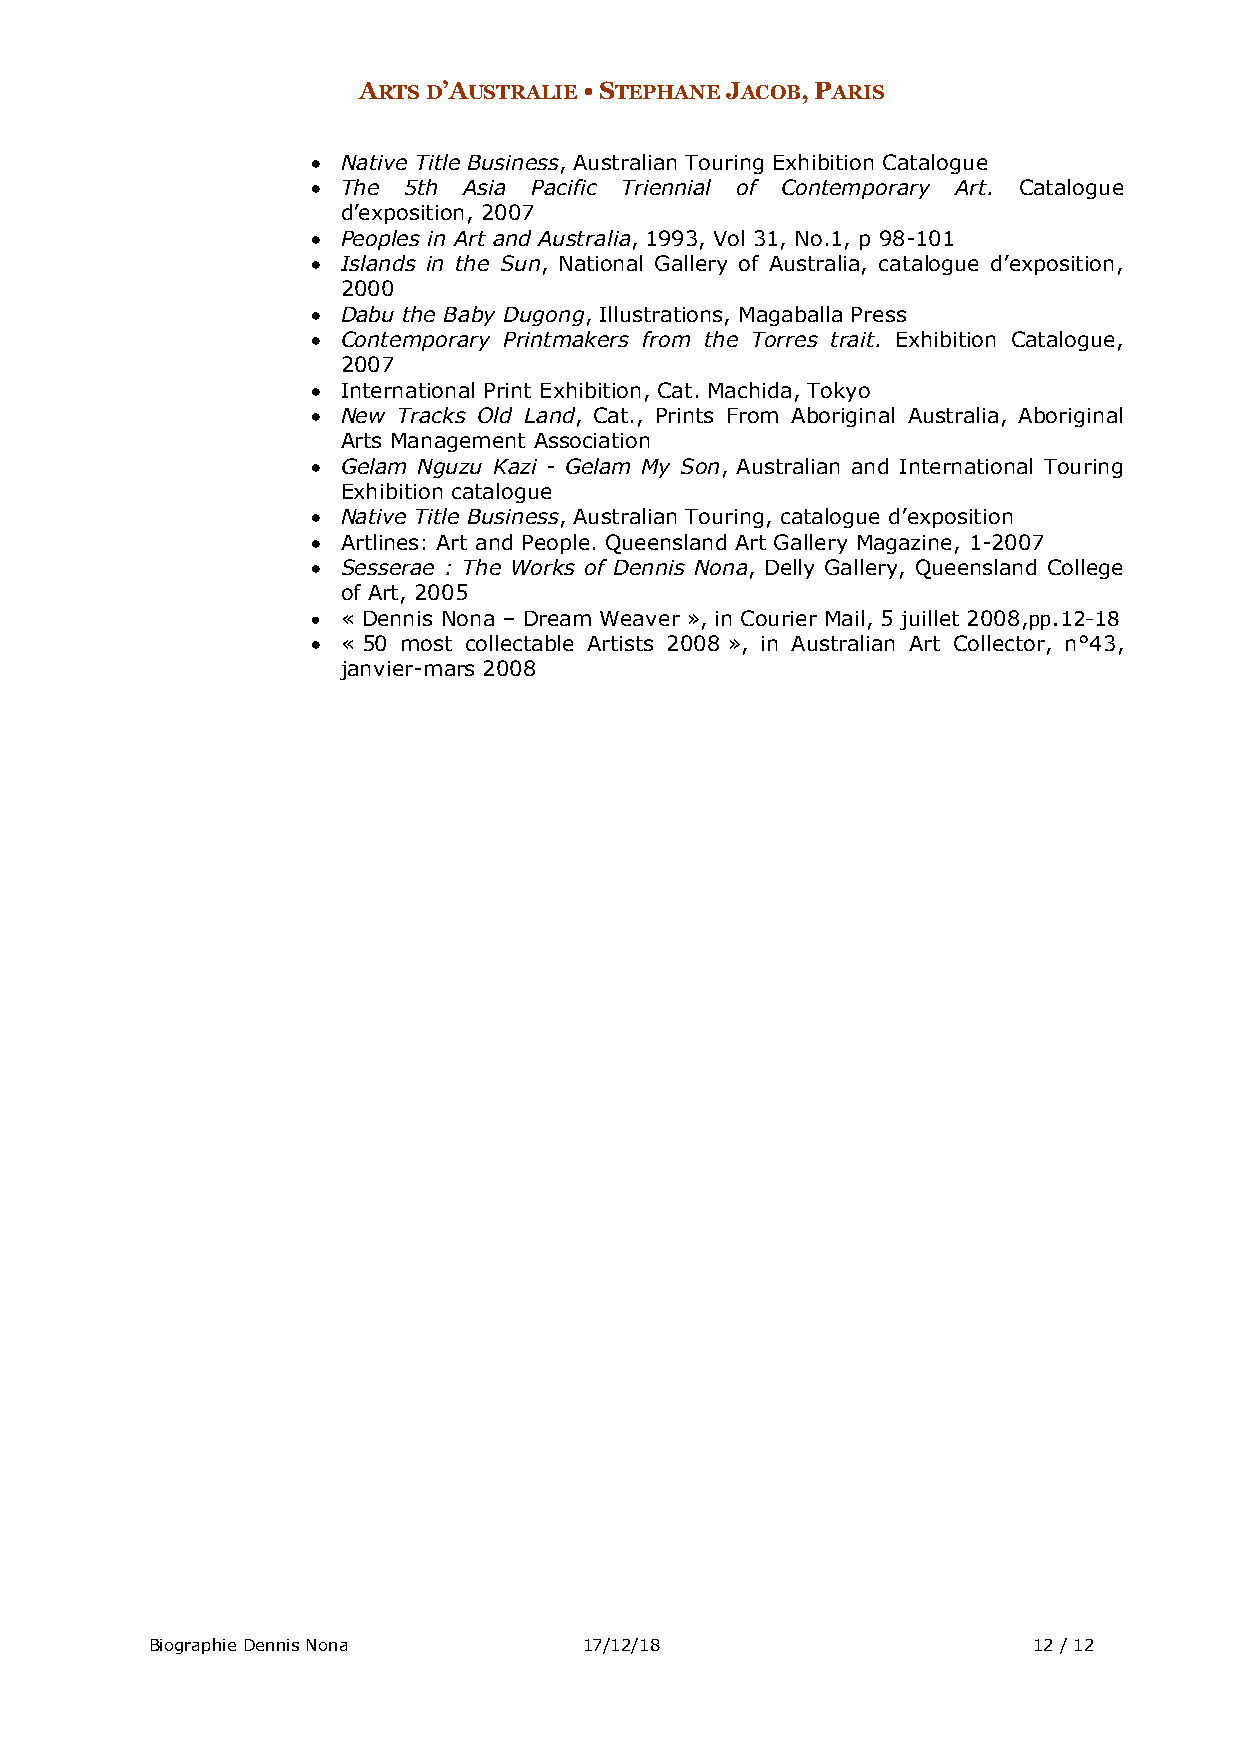
ARTS D’AUSTRALIE • STEPHANE JACOB, PARIS
 • Native Title Business, Australian Touring Exhibition Catalogue
 • The 5th Asia Pacific Triennial of Contemporary Art. Catalogue
 d’exposition, 2007
 • Peoples in Art and Australia, 1993, Vol 31, No.1, p 98-101
 • Islands in the Sun, National Gallery of Australia, catalogue d’exposition,
 2000
 • Dabu the Baby Dugong, Illustrations, Magaballa Press
 • Contemporary Printmakers from the Torres trait. Exhibition Catalogue,
 2007
 • International Print Exhibition, Cat. Machida, Tokyo
 • New Tracks Old Land, Cat., Prints From Aboriginal Australia, Aboriginal
 Arts Management Association
 • Gelam Nguzu Kazi - Gelam My Son, Australian and International Touring
 Exhibition catalogue
 • Native Title Business, Australian Touring, catalogue d’exposition
 • Artlines: Art and People. Queensland Art Gallery Magazine, 1-2007
 • Sesserae : The Works of Dennis Nona, Delly Gallery, Queensland College
 of Art, 2005
 • « Dennis Nona – Dream Weaver », in Courier Mail, 5 juillet 2008,pp.12-18
 • « 50 most collectable Artists 2008 », in Australian Art Collector, n°43,
 janvier-mars 2008
 Biographie Dennis Nona       17/12/18                     12 / 12